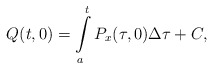
\begin{align*}Q(t,0)=\int\limits_{a}^{t}P_{x}(\tau,0)\Delta\tau + C,\end{align*}